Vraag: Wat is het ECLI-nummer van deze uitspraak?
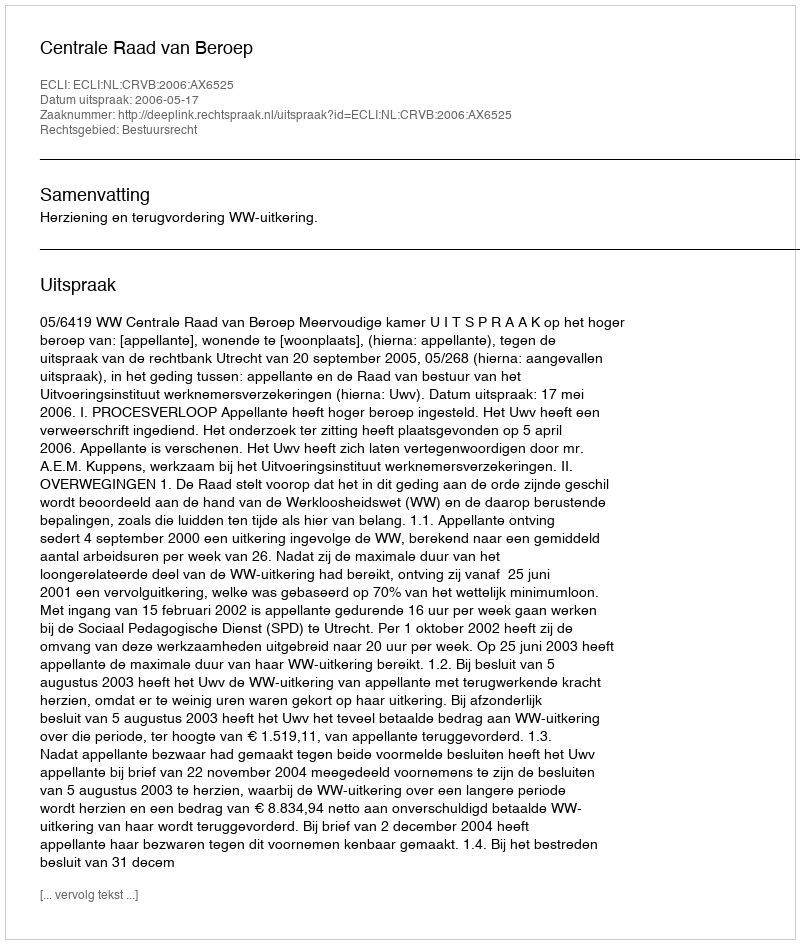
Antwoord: ECLI:NL:CRVB:2006:AX6525